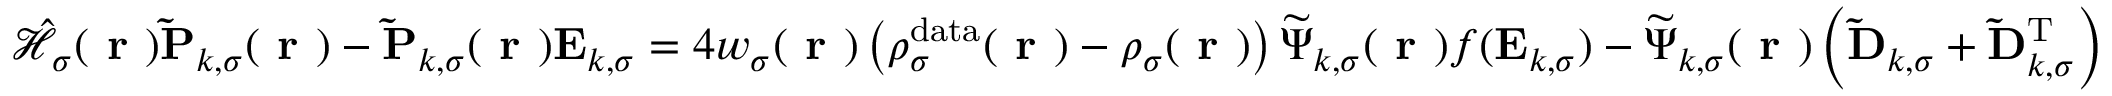
\begin{array} { r } { \hat { \mathcal { { H } } } _ { \sigma } ( \boldsymbol { \textbf { r } } ) \mathbf { \widetilde { P } } _ { k , \sigma } ( \boldsymbol { \textbf { r } } ) - \mathbf { \widetilde { P } } _ { k , \sigma } ( \boldsymbol { \textbf { r } } ) \mathbf { E } _ { k , \sigma } = 4 w _ { \sigma } ( \boldsymbol { \textbf { r } } ) \left( \rho _ { \sigma } ^ { \mathrm { d a t a } } ( \boldsymbol { \textbf { r } } ) - \rho _ { \sigma } ( \boldsymbol { \textbf { r } } ) \right) \boldsymbol { \widetilde { \Psi } } _ { k , \sigma } ( \boldsymbol { \textbf { r } } ) f ( \mathbf { E } _ { k , \sigma } ) - \boldsymbol { \widetilde { \Psi } } _ { k , \sigma } ( \boldsymbol { \textbf { r } } ) \left( \mathbf { \widetilde { D } } _ { k , \sigma } + \mathbf { \widetilde { D } } _ { k , \sigma } ^ { \mathrm { T } } \right) \, } \end{array}